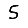
Digit: 5